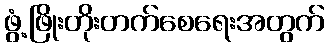
ဖွံ့ဖြိုးတိုးတက်စေရေးအတွက်